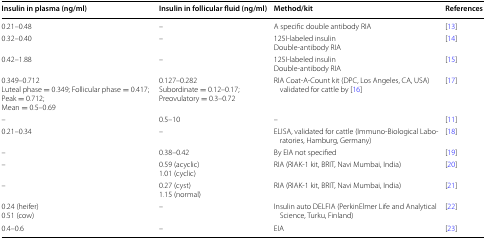
<table><thead><tr><td><b>Insulin in plasma (ng/ml)</b></td><td><b>Insulin in follicular fluid (ng/ml)</b></td><td><b>Method/kit</b></td><td><b>References</b></td></tr></thead><tbody><tr><td>0.21–0.48</td><td>–</td><td>A specific double antibody RIA</td><td>[13]</td></tr><tr><td>0.32–0.40</td><td>–</td><td>125I-labeled insulinDouble-antibody RIA</td><td>[14]</td></tr><tr><td>0.42–1.88</td><td>–</td><td>125I-labeled insulinDouble-antibody RIA</td><td>[15]</td></tr><tr><td>0.349–0.712Luteal phase = 0.349; Follicular phase = 0.417;Peak = 0.712;Mean = 0.5–0.69</td><td>0.127–0.282Subordinate = 0.12–0.17;Preovulatory = 0.3–0.72</td><td>RIA Coat-A-Count kit (DPC, Los Angeles, CA, USA) validated for cattle by [16]</td><td>[17]</td></tr><tr><td>–</td><td>0.5–10</td><td>–</td><td>[11]</td></tr><tr><td>0.21–0.34</td><td>–</td><td>ELISA, validated for cattle (Immuno-Biological Laboratories, Hamburg, Germany)</td><td>[18]</td></tr><tr><td>–</td><td>0.38–0.42</td><td>By EIA not specified</td><td>[19]</td></tr><tr><td>–</td><td>0.59 (acyclic)1.01 (cyclic)</td><td>RIA (RIAK-1 kit, BRIT, Navi Mumbai, India)</td><td>[20]</td></tr><tr><td>–</td><td>0.27 (cyst)1.15 (normal)</td><td>RIA (RIAK-1 kit, BRIT, Navi Mumbai, India)</td><td>[21]</td></tr><tr><td>0.24 (heifer)0.51 (cow)</td><td>–</td><td>Insulin auto DELFIA (PerkinElmer Life and Analytical Science, Turku, Finland)</td><td>[22]</td></tr><tr><td>0.4–0.6</td><td>–</td><td>EIA</td><td>[23]</td></tr></tbody></table>